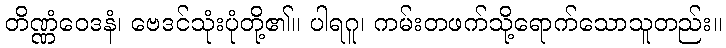
တိဏ္ဏံဝေဒနံ၊ ဗေဒင်သုံးပုံတို့၏။ ပါရဂူ၊ ကမ်းတဖက်သို့ရောက်သောသူတည်း။